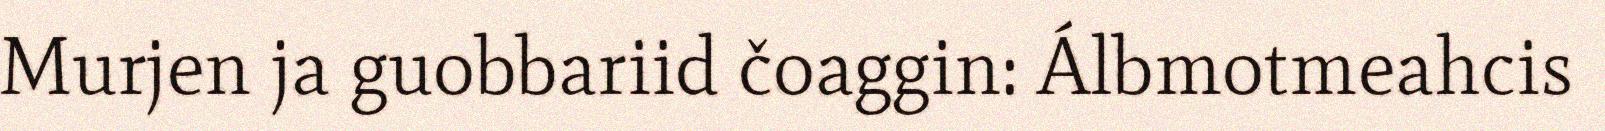
Murjen ja guobbariid čoaggin: Álbmotmeahcis